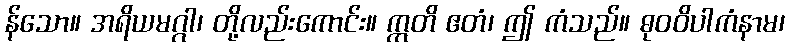
န်သော။ အရိယမဂ္ဂါ၊ တို့လည်းကောင်း။ ဣတိ ဧတံ၊ ဤ ကံသည်။ ဓုဝဝိပါကံနာမ၊